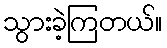
သွားခဲ့ကြတယ်။